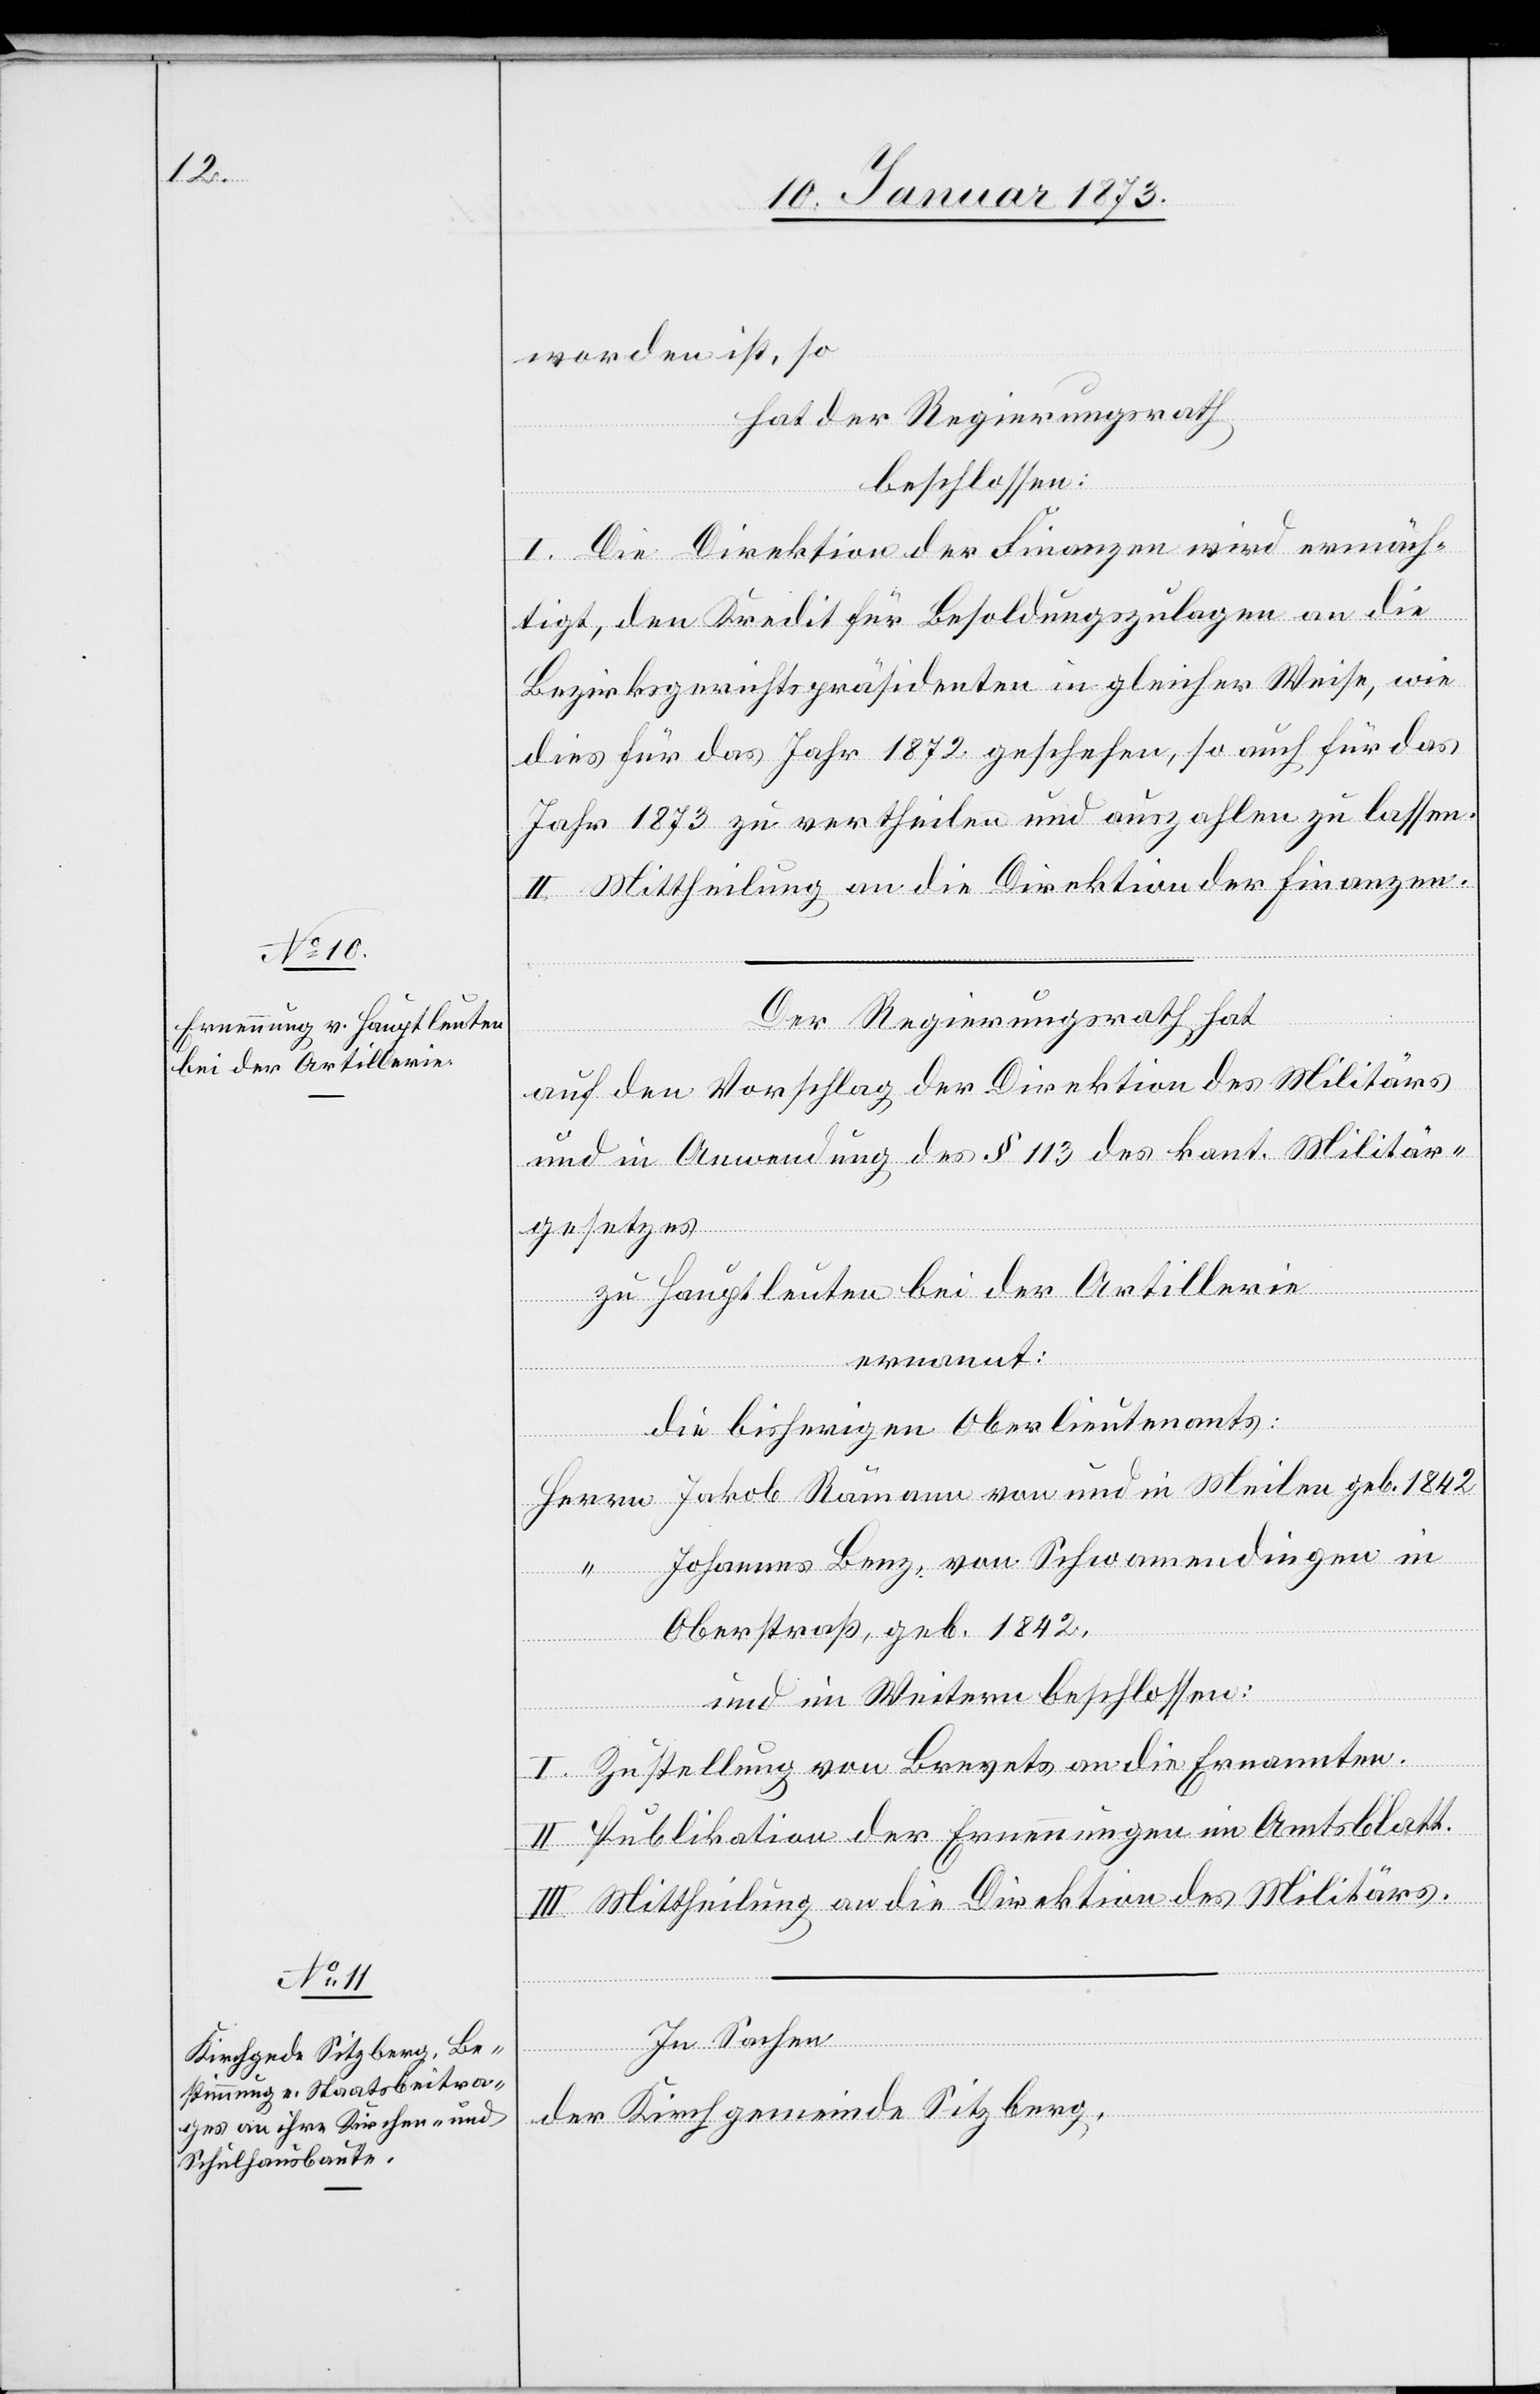
worden ist, so
hat der Regierungsrath,
beschlossen:
I. Die Direktion der Finanzen wird ermäch¬
tigt, den Kredit für Besoldungszulagen an die
Bezirksgerichtspräsidenten in gleicher Weise, wie
dies für das Jahr 1872 geschehen, so auch für das
Jahr 1873 zu vertheilen und anzahlen zu lassen.
II. Mittheilung an die Direktion der Finanzen.
Der Regierungsrath hat
auf den Vorschlag der Direktion des Militärs
und in Anwendung des § 113 des kant. Militär¬
gesetzes
zu Hauptleuten bei der Artillerie
ernannt:
Die bisherigen Oberlieutenants:
Herrn Jakob Rämann von und in Meilen geb. 1842
“ Johannes Benz von Schwamendingen in
Oberstraß, geb. 1842,
und im Weitern beschlossen:
I. Zustellung von Brevets an die Ernannten.
II. Publikation der Ernennungen im Amtsblatt.
III. Mittheilung an die Direktion des Militärs.
In Sachen
der Kirchgemeinde Sitzberg,